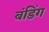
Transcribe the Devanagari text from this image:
बंडिंग